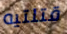
قتلتيه